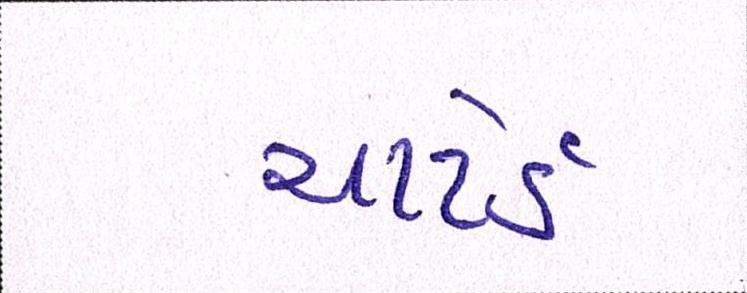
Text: ચાર્ટર્ડ